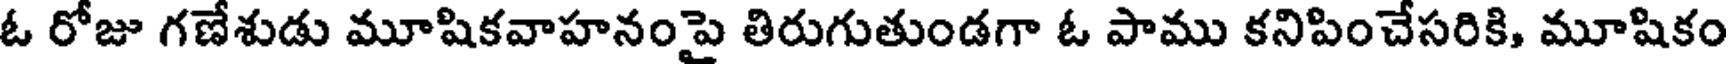
ఓ రోజు గణేశుడు మూషికవాహనంపై తిరుగుతుండగా ఓ పాము కనిపించేసరికి, మూషికం